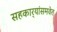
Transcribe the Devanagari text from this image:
सहकार्‍यांसमवेत